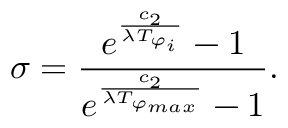
\sigma = \frac { e ^ { \frac { c _ { 2 } } { \lambda T _ { \varphi _ { i } } } } - 1 } { e ^ { \frac { c _ { 2 } } { \lambda T _ { \varphi _ { m a x } } } } - 1 } \mathrm { . }